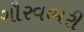
ગૌરવભરી